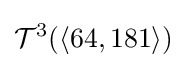
{\mathcal {T}}^{3}(\langle 64,181\rangle )